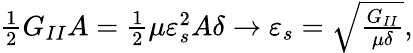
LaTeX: \begin{array}{r}{\frac 12G_{II}A=\frac 12\mu\varepsilon_{s}^{2}A\delta\to\varepsilon_{s}=\sqrt{\frac{G_{II}}{\mu\delta}},}\end{array}